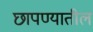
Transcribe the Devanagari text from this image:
छापण्यातील